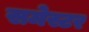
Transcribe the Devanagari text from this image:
समेस्टर